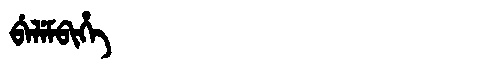
Manchu: ᠪᡝᠯᡝᠮᠪᡳᡥᡝ
Romanization: BELEMBIHE